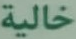
خالية